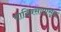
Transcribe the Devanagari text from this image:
यादिवसापासून